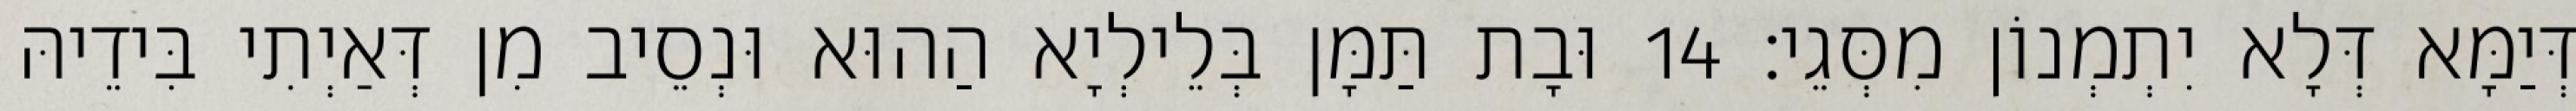
דְּיַמָּא דְּלָא יִתְמְנוֹן מִסְּגֵי׃ 14 וּבָת תַּמָּן בְּלֵילְיָא הַהוּא וּנְסֵיב מִן דְּאַיְתִי בִּידֵיהּ